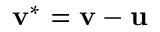
{ \bf { v } } ^ { * } = { { \bf { v } } } - { \bf { u } }